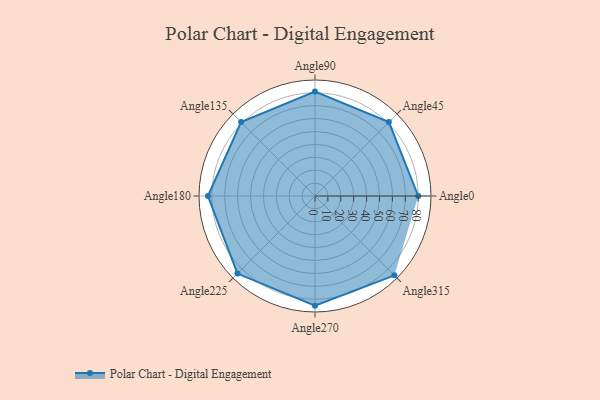
{"axis": {"x": "Angle", "y": "Radius"}, "legend": [""], "data": [{"x": "Angle0", "y": 80.0, "type": ""}, {"x": "Angle45", "y": 81.0, "type": ""}, {"x": "Angle90", "y": 81.0, "type": ""}, {"x": "Angle135", "y": 81.0, "type": ""}, {"x": "Angle180", "y": 83.0, "type": ""}, {"x": "Angle225", "y": 85.0, "type": ""}, {"x": "Angle270", "y": 85.0, "type": ""}, {"x": "Angle315", "y": 87.0, "type": ""}]}